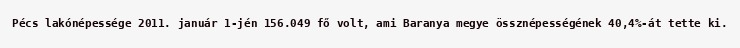
Pécs lakónépessége 2011. január 1-jén 156.049 fő volt, ami Baranya megye össznépességének 40,4%-át tette ki.